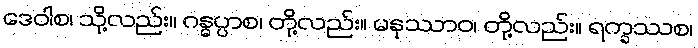
ဒေဝါစ၊ သို့လည်း။ ဂန္ဓပ္ပာစ၊ တို့လည်း။ မနုဿာဝ၊ တို့လည်း။ ရက္ခဿစ၊